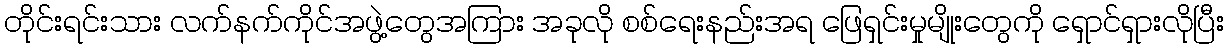
တိုင်းရင်းသား လက်နက်ကိုင်အဖွဲ့တွေအကြား အခုလို စစ်ရေးနည်းအရ ဖြေရှင်းမှုမျိုးတွေကို ရှောင်ရှားလိုပြီး